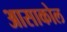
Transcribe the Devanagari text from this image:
आसाकोल